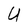
Character: U